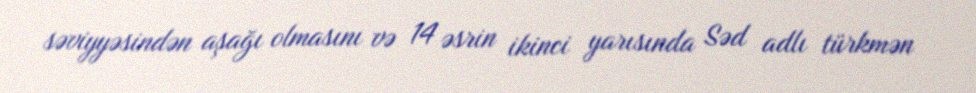
səviyyəsindən aşağı olmasını və 14 əsrin ikinci yarısında Səd adlı türkmən